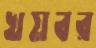
খয়বর